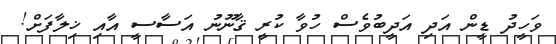
ވަހީދު ޑީން އަދި އަދީބުވެސް ހުވާ ކުރީ ޤާނޫނު އަސާސީ އާއި ޚިލާފަށް!